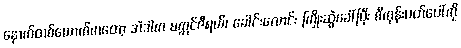
နောက်တစ်ယောက်ကတော့ အဲဒါက မက္ကင်ဇီရယ်၊ ခေါင်းလောင်း ကြိုးဆွဲခေါ်ပြီး စီကုန်းပတ်ပေါ်ကို